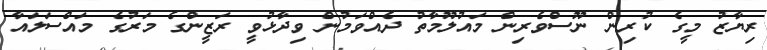
ރިޔާޒު މީގެ ކުރިން ނޫސްވެރިން މައުލޫމާތު ދެއްވަމުން ވިދާޅުވީ ރަޒީންގެ މަރުގެ މައްސަލައާ